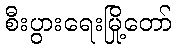
စီးပွားရေးမြို့တော်